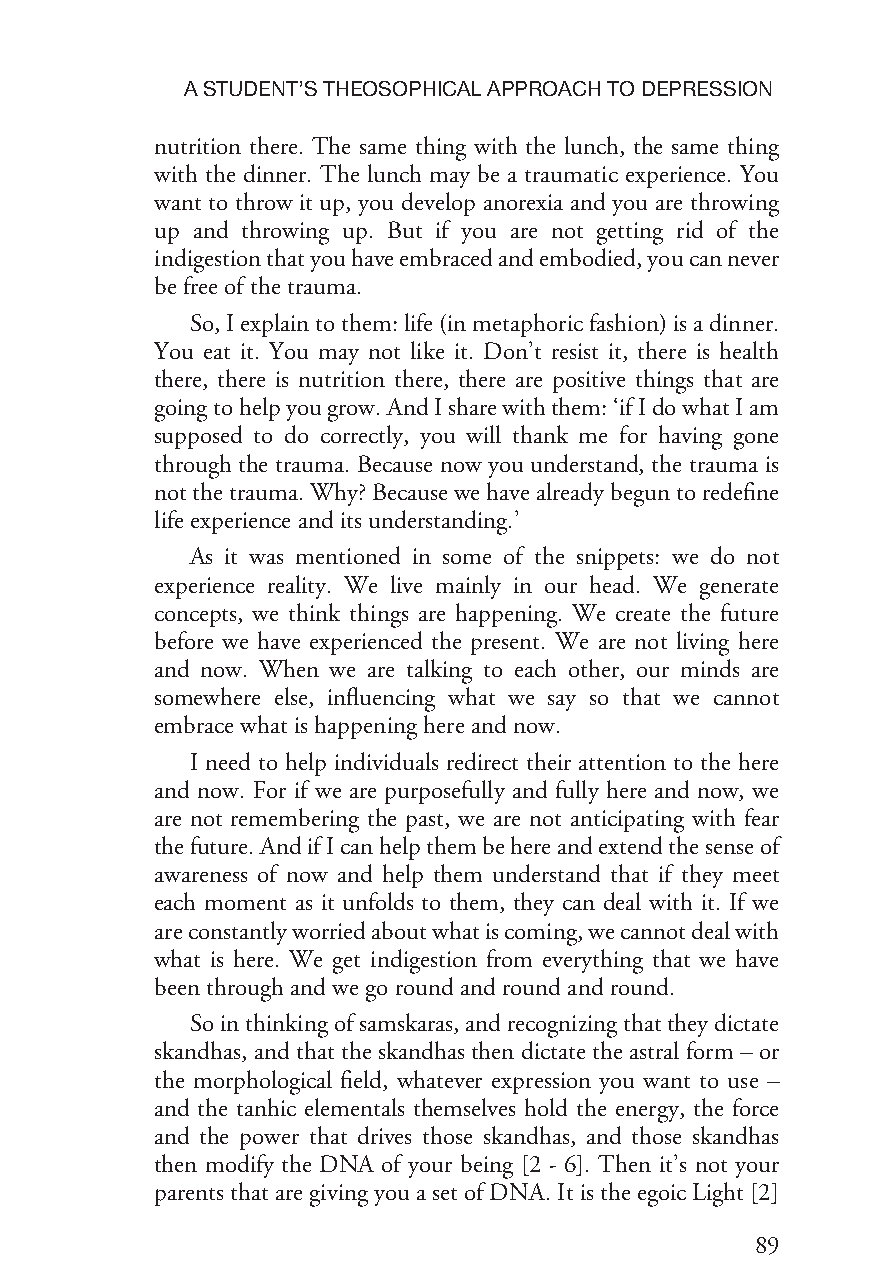
ASTUDENT’STHEOSOPHICALAPPROACHTODEPRESSION
 nutrition there. The same thing with the lunch, the same thing
 with the dinner. The lunch may be a traumatic experience. You
 want to throw it up, you develop anorexia and you are throwing
 up and throwing up. But if you are not getting rid of the
 indigestionthatyouhaveembracedandembodied,youcannever
 befree ofthetrauma.
 So,Iexplaintothem:life(inmetaphoricfashion)isadinner.
 You eat it. You may not like it. Don’t resist it, there is health
 there, there is nutrition there, there are positive things that are
 goingtohelpyougrow.AndIsharewiththem:‘ifIdowhatIam
 supposed to do correctly, you will thank me for having gone
 through the trauma. Because now you understand, the trauma is
 notthetrauma.Why?Becausewehavealreadybeguntoredefine
 lifeexperienceanditsunderstanding.’
 As it was mentioned in some of the snippets: we do not
 experience reality. We live mainly in our head. We generate
 concepts, we think things are happening. We create the future
 before we have experienced the present. We are not living here
 and now. When we are talking to each other, our minds are
 somewhere else, influencing what we say so that we cannot
 embracewhatishappeninghereandnow.
 I need to help individuals redirect their attention to the here
 and now. For if we are purposefully and fully here and now, we
 are not remembering the past, we are not anticipating with fear
 thefuture.AndifIcanhelpthembehereandextendthesenseof
 awareness of now and help them understand that if they meet
 each moment as it unfolds to them, they can deal with it. If we
 areconstantlyworriedaboutwhatiscoming,wecannotdealwith
 what is here. We get indigestion from everything that we have
 beenthroughandwegoroundandroundandround.
 Sointhinkingofsamskaras,andrecognizingthattheydictate
 skandhas, and that the skandhas then dictate the astral form – or
 the morphological field, whatever expression you want to use –
 and the tanhic elementals themselves hold the energy, the force
 and the power that drives those skandhas, and those skandhas
 then modify the DNA of your being [2 - 6]. Then it’s not your
 parentsthataregivingyouasetofDNA.ItistheegoicLight[2]
 89